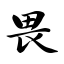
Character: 畏